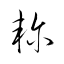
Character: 軫